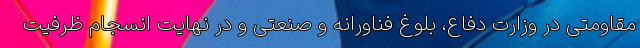
مقاومتی در وزارت دفاع، بلوغ فناورانه و صنعتی و در نهایت انسجام ظرفیت